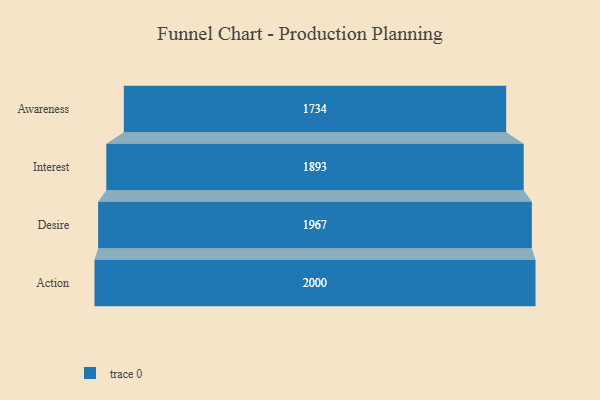
{"axis": {"x": "Stage", "y": "Value"}, "legend": [""], "data": [{"x": "Awareness", "y": 1734.0, "type": ""}, {"x": "Interest", "y": 1893.0, "type": ""}, {"x": "Desire", "y": 1967.0, "type": ""}, {"x": "Action", "y": 2000, "type": ""}]}